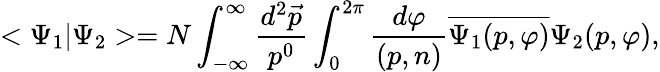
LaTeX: <\Psi_{1}|\Psi_{2}>=N\int_{-\infty}^{\infty}\frac{d^{2}\vec{p}}{p^{0}}\int_{0}^{2\pi}\frac{d\varphi}{(p,n)}\overline{{{\Psi_{1}(p,\varphi)}}}\Psi_{2}(p,\varphi),